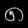
Digit: ၈